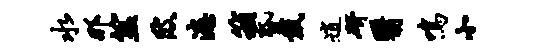
水那筮陂漶箱昏戴逍研翳鸣小